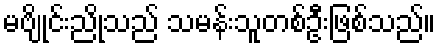
မဗျိုင်းညိုသည် သမန်းသူတစ်ဦးဖြစ်သည်။